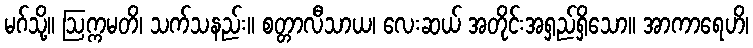
မဂ်သို့။ ဩက္ကမတိ၊ သက်သနည်း။ စတ္တာလီသာယ၊ လေးဆယ် အတိုင်းအရှည်ရှိသော။ အာကာရေဟိ၊